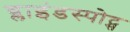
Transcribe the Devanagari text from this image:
ब्लाइंडस्पोट्स